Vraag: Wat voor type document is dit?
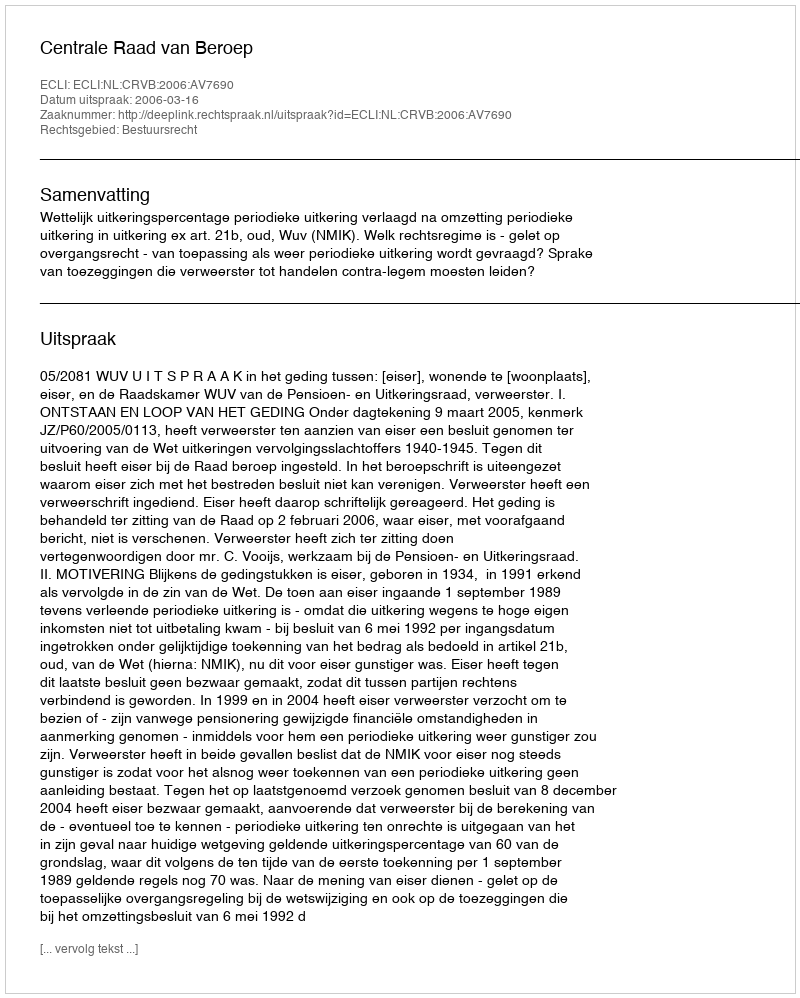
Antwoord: Uitspraak